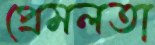
প্রেমলতা